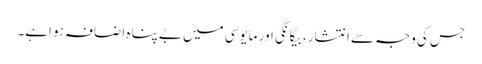
جس کی وجہ سے انتشار، بیگانگی اور مایوسی میں بے پناہ اضافہ ہو اہے۔